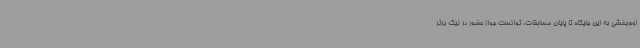
اوم‌بخشی به این جایگاه تا پایان مسابقات، توانست جواز حضور در لیگ برتر